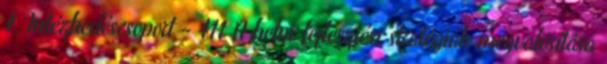
4. Intézkedéscsoport - 411 A helyi fejlesztési stratégiák megvalósítása